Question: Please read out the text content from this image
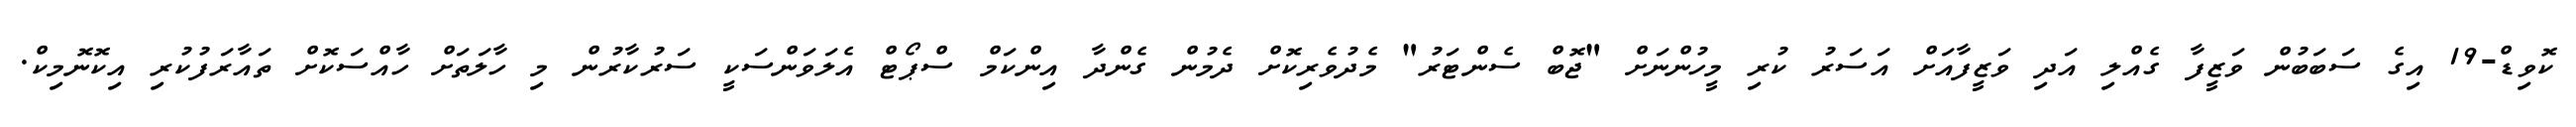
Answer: ކޮވިޑް-19 އިގެ ސަބަބުން ވަޒީފާ ގެއްލި އަދި ވަޒީފާއަށް އަސަރު ކުރި މީހުންނަށް "ޖޮބް ސެންޓަރު" މެދުވެރިކޮށް ދެމުން ގެންދާ އިންކަމް ސްޕޯޓް އެލަވަންސަކީ ސަރުކާރުން މި ހާލަތަށް ހާއްސަކޮށް ތައާރަފުކުރި އިކޮނޮމިކް.